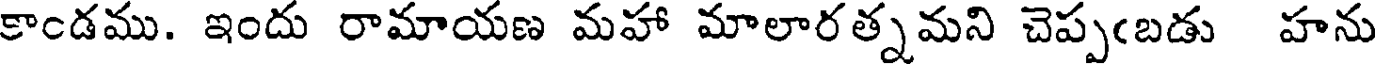
కాండము. ఇందు రామాయణ మహా మాలారత్నమని చెప్పఁబడు హను